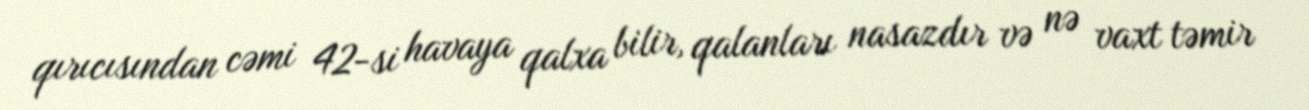
qırıcısından cəmi 42-si havaya qalxa bilir, qalanları nasazdır və nə vaxt təmir